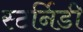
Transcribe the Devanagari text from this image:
स्टर्निडी